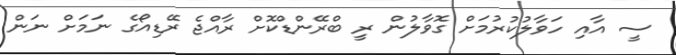
ސީ އާއި ހަވާލުކުރުމަށް ގޮވާލުން ރީ ބްރޭންޑްކޮށް ރާއްޖެ ރޭޑިއޯގެ ނަމަށް ނަން